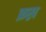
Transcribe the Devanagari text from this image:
फ़ख्र